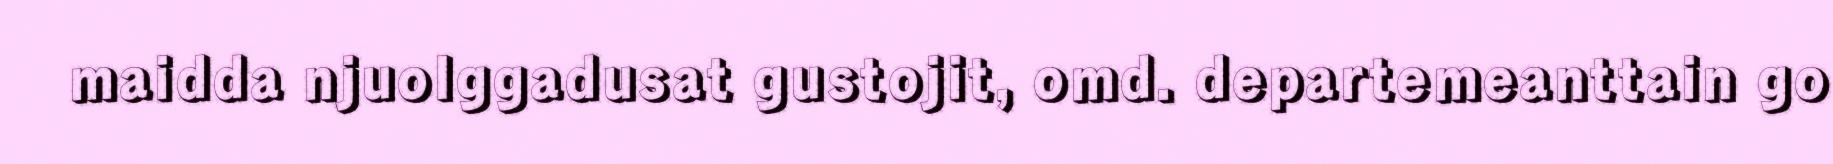
maidda njuolggadusat gustojit, omd. departemeanttain go